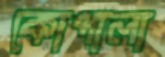
কোপালা